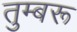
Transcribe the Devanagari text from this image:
तुम्बरू